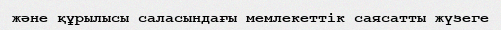
және құрылысы саласындағы мемлекеттік саясатты жүзеге